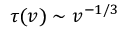
\tau ( v ) \sim v ^ { - 1 / 3 }